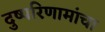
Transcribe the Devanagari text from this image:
दुष्परिणामांचा